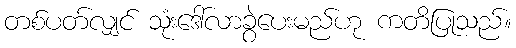
တစ်ပတ်လျှင် သုံးဒေါ်လာခွဲပေးမည်ဟု ကတိပြုသည်။